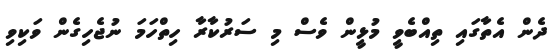
ދެން އެތާގައި ތިއްބެވީ މުޅީން ވެސް މި ސަރުކާރާ ހިތްހަމަ ނުޖެހިގެން ވަކިވި